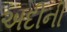
અદીની